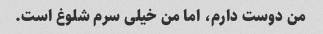
من دوست دارم، اما من خیلی سرم شلوغ است.